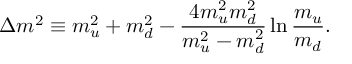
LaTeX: \Delta m ^ { 2 } \equiv m _ { u } ^ { 2 } + m _ { d } ^ { 2 } - \frac { 4 m _ { u } ^ { 2 } m _ { d } ^ { 2 } } { m _ { u } ^ { 2 } - m _ { d } ^ { 2 } } \ln \frac { m _ { u } } { m _ { d } } .